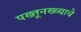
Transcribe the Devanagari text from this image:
पख्तूनख्व्याचे